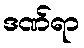
ဒဏ်ရာ